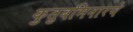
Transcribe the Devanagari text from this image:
कुतुबमिनारचे